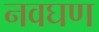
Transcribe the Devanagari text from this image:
नवघण